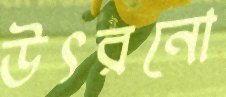
উৎরনো